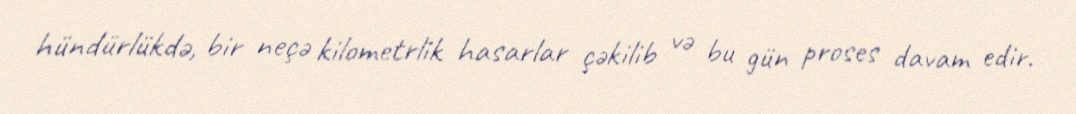
hündürlükdə, bir neçə kilometrlik hasarlar çəkilib və bu gün proses davam edir.